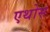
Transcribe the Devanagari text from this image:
एथोस